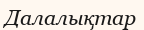
Далалықтар